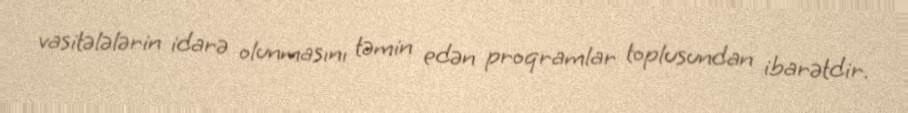
vasitələlərin idarə olunmasını təmin edən proqramlar toplusundan ibarətdir.